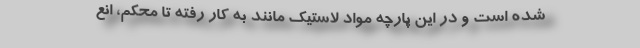
شده است و در این پارچه مواد لاستیک مانند به کار رفته تا محکم، انع